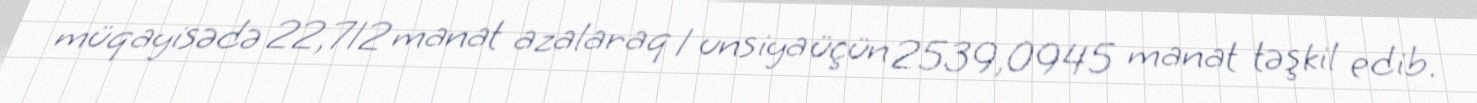
müqayisədə 22,712 manat azalaraq 1 unsiya üçün 2539,0945 manat təşkil edib.